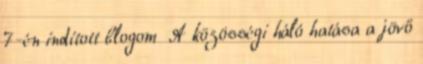
7-én indított blogom A közösségi háló hatása a jövő